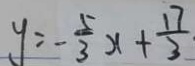
y = - \frac { 5 } { 3 } x + \frac { 1 7 } { 3 }